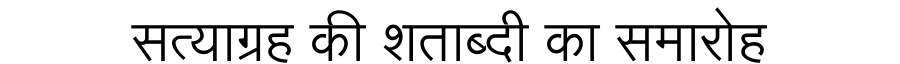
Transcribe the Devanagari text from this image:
सत्याग्रह की शताब्दी का समारोह